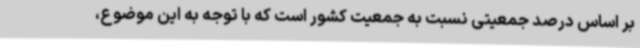
بر اساس درصد جمعیتی نسبت به جمعیت کشور است که با توجه به این موضوع،